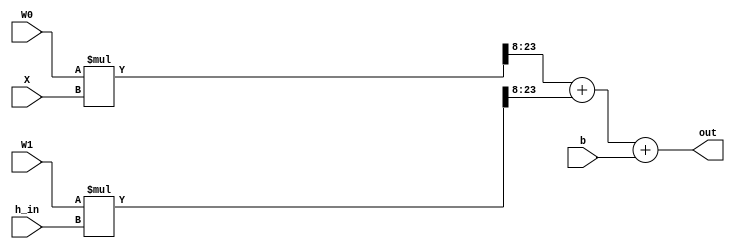
module ConcatMultAdd(X, h_in, W0, W1, b, out);	
	// Concatenates and Adds
	// incoming data signed and fixed width
	parameter DATA_WIDTH = 16;
	parameter FRACT_WIDTH = 8;
	
	input signed [DATA_WIDTH-1:0] X, h_in;
	input signed [DATA_WIDTH-1:0] W0, W1, b;
	output signed [DATA_WIDTH-1:0] out;

	// internal regs/wires
	wire signed [DATA_WIDTH+DATA_WIDTH-1:0] p1,p2;
	
	// behavior: out = W*{x,h_in} + b where W={W0,W1}
	assign p1 = (W0*X)>>>FRACT_WIDTH; 
	assign p2 = (W1*h_in)>>>FRACT_WIDTH;
	assign out = p1 + p2 + b;

endmodule